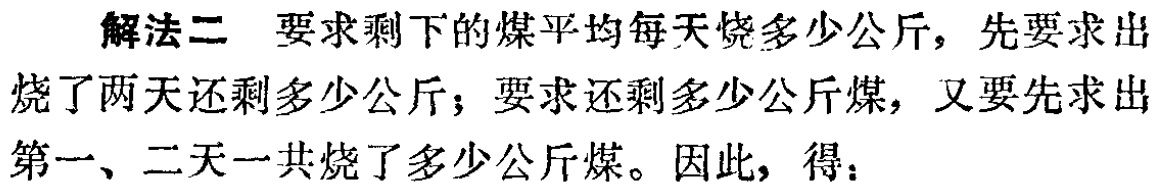
解法二 要求剩下的煤平均每天烧多少公斤，先要求出烧了两天还剩多少公斤；要求还剩多少公斤煤，又要先求出第一、二天一共烧了多少公斤煤。因此，得：